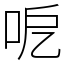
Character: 呝